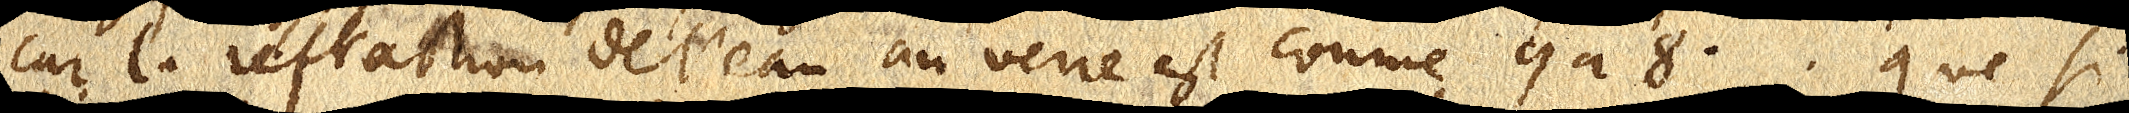
Car la refraction de l’eau au verre est comme 9 à 8. Que si